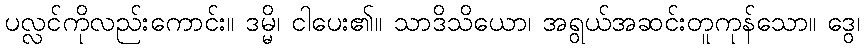
ပလ္လင်ကိုလည်းကောင်း။ ဒမ္မိ၊ ငါပေး၏။ သာဒိသိယော၊ အရွယ်အဆင်းတူကုန်သော။ ဒွေ၊